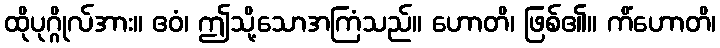
ထိုပုဂ္ဂိုလ်အား။ ဧဝံ၊ ဤသို့သောအကြံသည်။ ဟောတိ၊ ဖြစ်၏။ ကိံဟောတိ၊